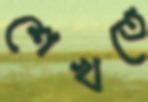
শেখতে